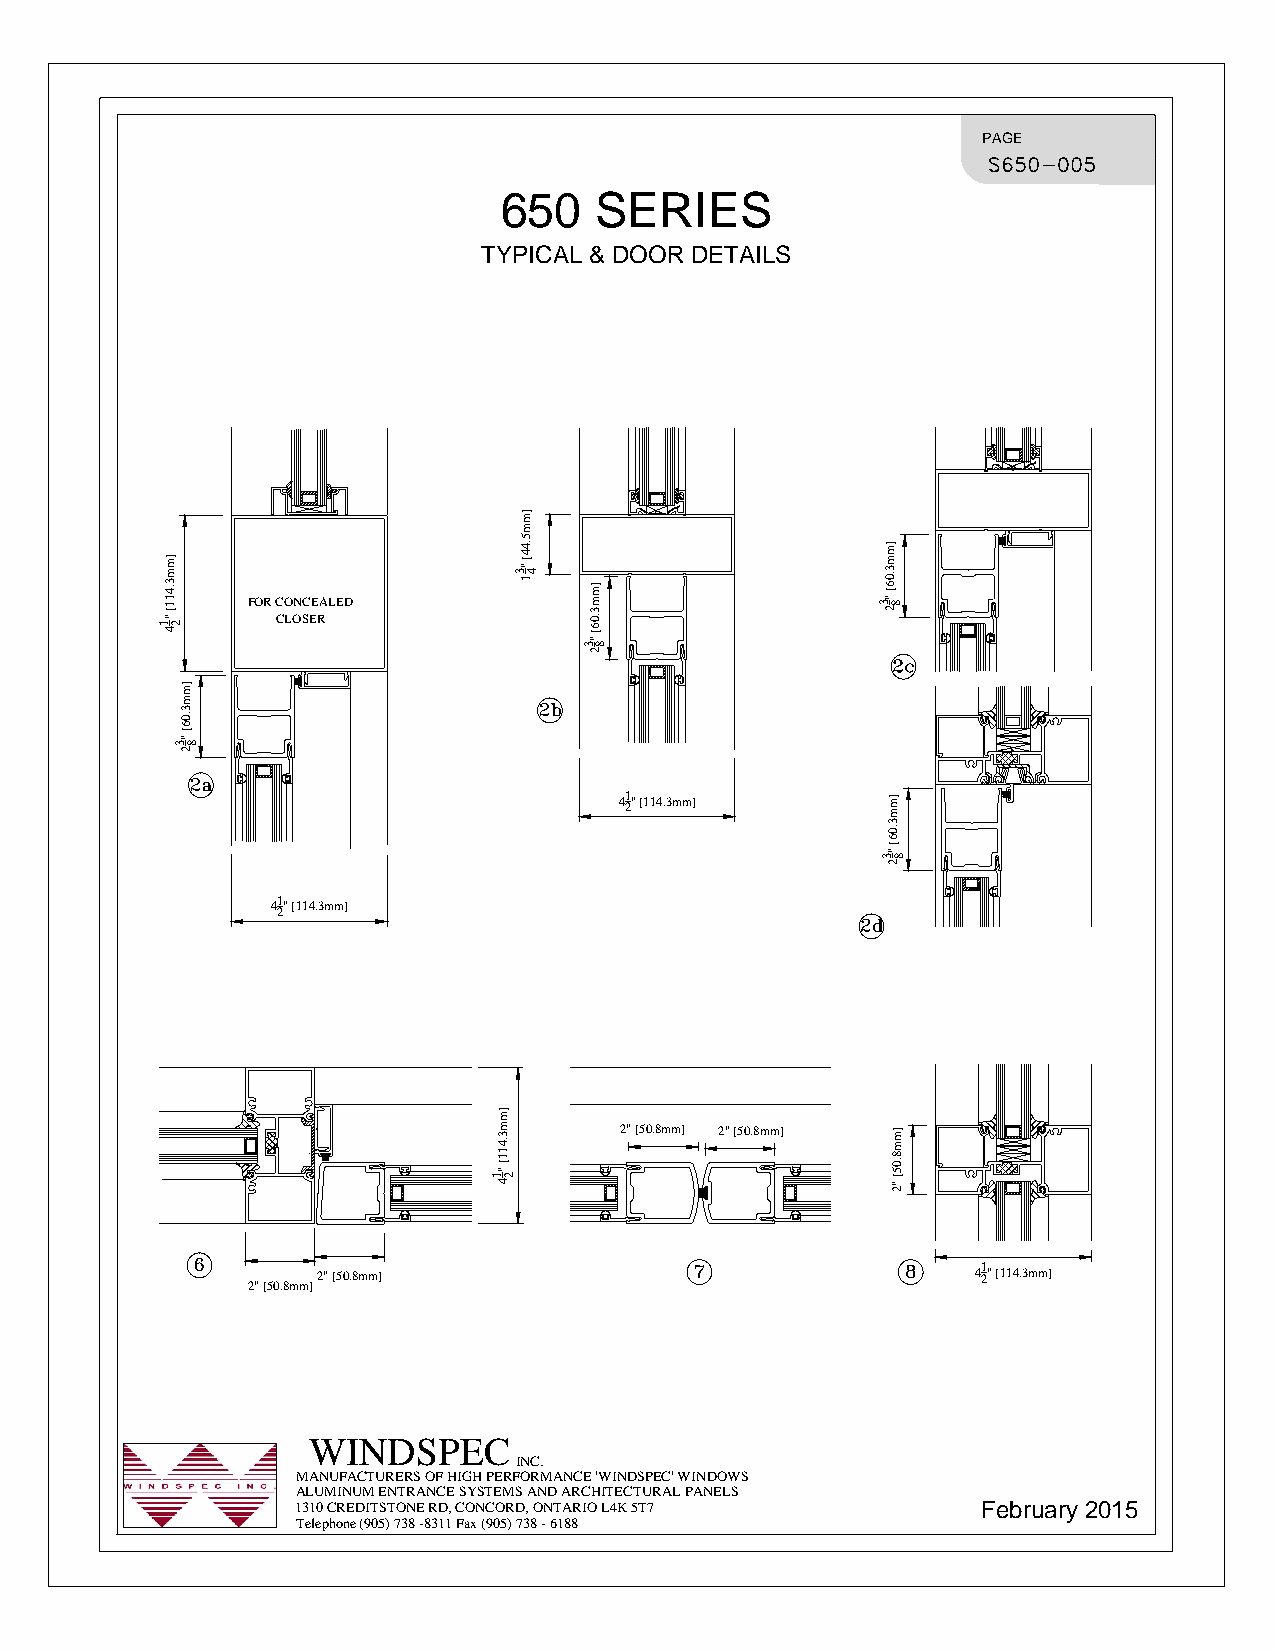
PAGE
 650SERIES
 TYPICAL&DOORDETAILS
 FORCONCEALED
 CLOSER
 41 2"114.3mm
 41 2"114.3mm
 2"50.8mm 2"50.8mm
 2"50.8mm                                    41 2"114.3mm
 2"50.8mm
 WINDSPEC
 INC.
 MANUFACTURERSOFHIGHPERFORMANCE'WINDSPEC'WINDOWS
 ALUMINUMENTRANCESYSTEMSANDARCHITECTURALPANELS
 1310CREDITSTONERD,CONCORD,ONTARIOL4K5T7      February2015
 Telephone(905)738-8311Fax(905)738-6188
 mm3.411"1
 24
 mm3.06"3
 82
 mm3.411"214
 mm5.44"3
 41
 mm3.06"3
 82
 mm3.06"3
 82
 mm3.06"3
 82
 mm8.05"2